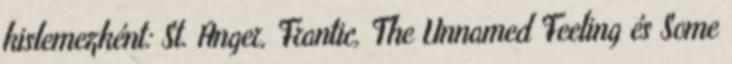
kislemezként: St. Anger, Frantic, The Unnamed Feeling és Some